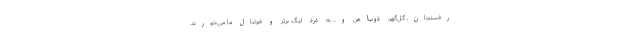
رفسنجان، گل‌گهر، ذوب‌آهن و... به درد لیگ برتر و فوتبال ما می‌خورند.